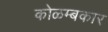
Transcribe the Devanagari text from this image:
कोळम्बकार